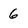
Character: 6